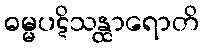
ဓမ္မပဋိသန္ထာရောတိ